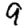
Digit: 9